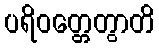
ပရိဝတ္တေတွာတိ